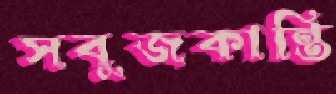
সবুজকান্তি